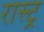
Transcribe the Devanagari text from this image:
रास्ट्र